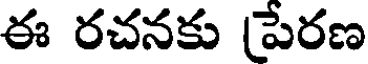
ఈ రచనకు పేరణ